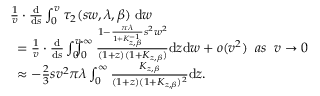
\begin{array} { r l } & { \! \! \! \frac { 1 } { v } \cdot \frac { \mathrm { d } } { \mathrm { d } s } \int _ { 0 } ^ { v } \tau _ { 2 } ( s w , \lambda , \beta ) \; \mathrm { d } w } \\ & { = \frac { 1 } { v } \cdot \frac { \mathrm { d } } { \mathrm { d } s } \int _ { 0 } ^ { v } \! \! \! \! \int _ { 0 } ^ { \infty } \frac { 1 - \frac { \pi \lambda } { 1 + K _ { z , \beta } ^ { - 1 } } s ^ { 2 } w ^ { 2 } } { ( 1 + z ) ( 1 + K _ { z , \beta } ) } \mathrm { d } z \mathrm { d } w + o ( v ^ { 2 } ) \; \; a s \; \; v \rightarrow 0 } \\ & { \approx - \frac { 2 } { 3 } s v ^ { 2 } \pi \lambda \int _ { 0 } ^ { \infty } \frac { K _ { z , \beta } } { ( 1 + z ) ( 1 + K _ { z , \beta } ) ^ { 2 } } \mathrm { d } z . } \end{array}